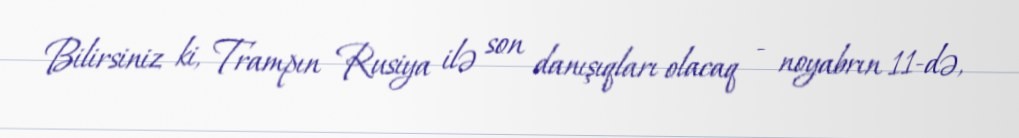
Bilirsiniz ki, Trampın Rusiya ilə son danışıqları olacaq - noyabrın 11-də,